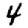
Digit: 4